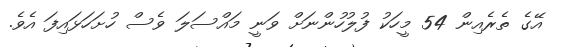
އޭގެ ތެރެއިން 54 މީހަކު ފުލުހުންނަށް ވަނީ މައްސަލަ ވެސް ހުށަހަޅައިފަ އެވެ.